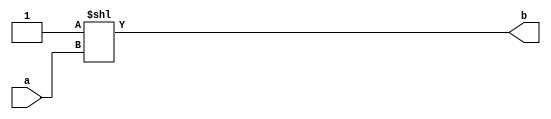
//n-m
//an
//bm
module Dec24(a,b) ;
   parameter n=2 ;
   parameter m=4 ;
   input  [n-1:0] a ;
   output [m-1:0] b ;
   assign b = 4'b1<<a ;
endmodule